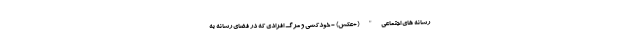
رسانه های اجتماعی" (+عکس) - خودکشی و مرگ افرادی که در فضای رسانه به